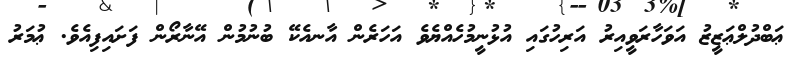
ޢަބްދުލްޢަޒީޒު އަވަހާރަވީއިރު އަރިހުގައި އުޅުނީމުހެއްޔެވެ އަހަރެން އާނއެކޭ ބުނުމުން އޭނާރޯން ފަށައިފިއެވެ. ޢުމަރު